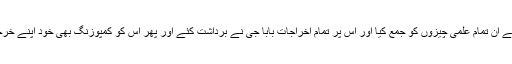
دوسال کی مسلسل محنت سے ان تمام علمی چیزوں کو جمع کیا اور اس پر تمام اخراجات بابا جی نے برداشت کئے اور پھر اس کو کمپوزنگ بھی خود اپنے خرچے پر کروایا ،سبحان اللہ ۔